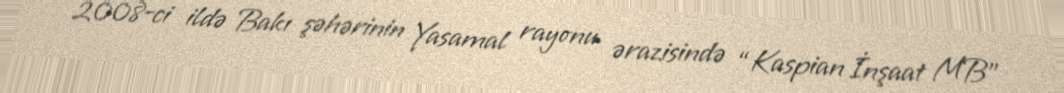
2008-ci ildə Bakı şəhərinin Yasamal rayonu ərazisində “Kaspian İnşaat MB”